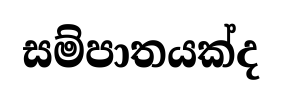
සම්පාතයක්ද